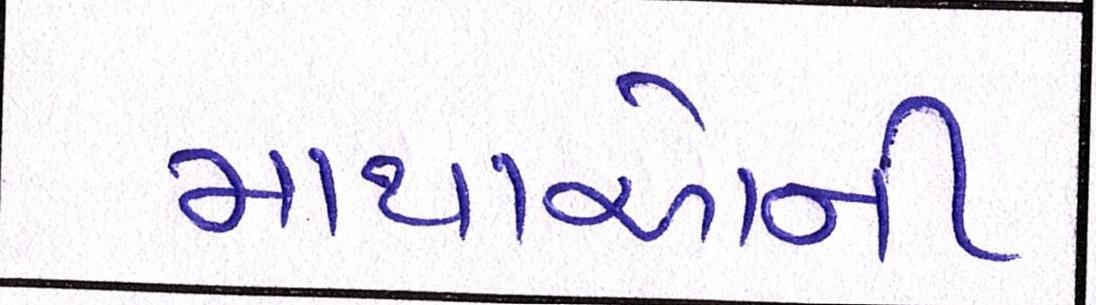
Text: માથાઓની